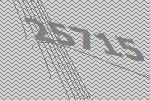
25715